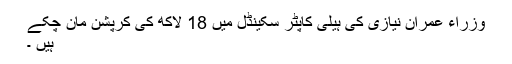
وزراء عمران نیازی کی ہیلی کاپٹر سکینڈل میں 18 لاکھ کی کرپشن مان چکے
ہیں ۔